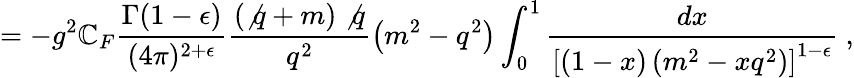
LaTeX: =-g^{2}\mathbb{C}_{F}\frac{{\Gamma(1-\epsilon)}}{{(4\pi)^{2+\epsilon}}}\frac{{(\not{q}+m)\not{q}}}{{q^{2}}}\left(m^{2}-q^{2}\right)\int_{0}^{1}\frac{{dx}}{{\left[(1-x)\left(m^{2}-xq^{2}\right)\right]^{1-\epsilon}}}~,